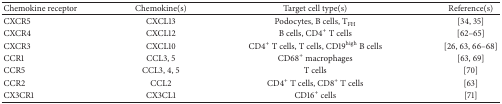
<table><thead><tr><td><b>Chemokine receptor</b></td><td><b>Chemokine(s)</b></td><td><b>Target cell type(s)</b></td><td><b>Reference(s)</b></td></tr></thead><tbody><tr><td>CXCR5</td><td>CXCL13</td><td>Podocytes, B cells, T<sub>FH</sub></td><td>[34, 35]</td></tr><tr><td>CXCR4</td><td>CXCL12</td><td>B cells, CD4<sup>+</sup> T cells</td><td>[62–65]</td></tr><tr><td>CXCR3</td><td>CXCL10</td><td>CD4<sup>+</sup> T cells, T cells, CD19<sup>high</sup> B cells</td><td>[26, 63, 66–68]</td></tr><tr><td>CCR1</td><td>CCL3, 5</td><td>CD68<sup>+</sup> macrophages</td><td>[63, 69]</td></tr><tr><td>CCR5</td><td>CCL3, 4, 5</td><td>T cells</td><td>[70]</td></tr><tr><td>CCR2</td><td>CCL2</td><td>CD4<sup>+</sup> T cells, CD8<sup>+</sup> T cells</td><td>[63]</td></tr><tr><td>CX3CR1</td><td>CX3CL1</td><td>CD16<sup>+</sup> cells</td><td>[71]</td></tr></tbody></table>